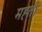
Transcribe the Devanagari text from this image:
मह्ती